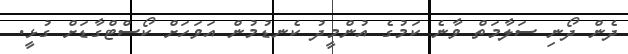
ދެން ދޯނި ސަލާމަތް ވާނެ ކަމުގެ އުންމީދު ކެނޑުމުން އަވަހަށް ކޯސްޓްގާޑަށް ގުޅީ.